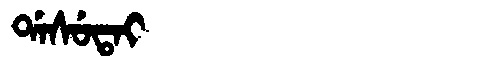
Manchu: ᡩᠠᠰᡠᡨᠠᡳ
Romanization: DASUTAI